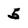
Character: 5